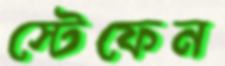
স্টেফেন